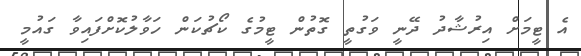
އެ ޓީމަށް އިރުޝާދު ދޭނީ ވަގުތީ ގޮތުން ޓީމުގެ ކޯޗުކަން ހަވާލުކޮށްފައިވާ ގައުމީ